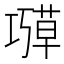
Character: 𫶱